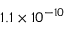
1 . 1 \times 1 0 ^ { - 1 0 }